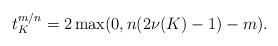
LaTeX: \begin{align*}t^{m/n}_{K} = 2 \max(0, n(2 \nu(K) - 1) - m).\end{align*}